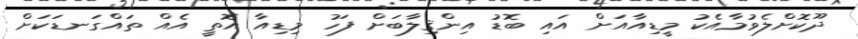
ދޫކޮށްލެވުމާއެކު މީޑިއާއަށް އައި ބޮޑު އިންޤިލާބަށް ފަހު މިޑިއާ އޮތީ އެއް ތައްގަނޑަކަށް